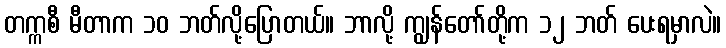
တက္ကစီ မီတာက ၁၀ ဘတ်လို့ပြောတယ်။ ဘာလို့ ကျွန်တော်တို့က ၁၂ ဘတ် ပေးရမှာလဲ။